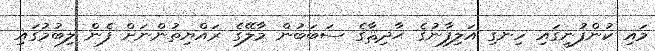
މައި ކުންފުނީގައި ހިނގި އަލިފާނުގެ ޙާދިޘާގެ ސަބަބުން މާލޭގެ ރައްޔިތުންނަށް ފެން ލިބުމުގައި